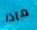
ماذا